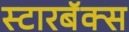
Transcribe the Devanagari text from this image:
स्टारबॅक्स